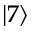
\lvert 7 \rangle